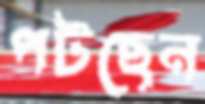
পটছেন